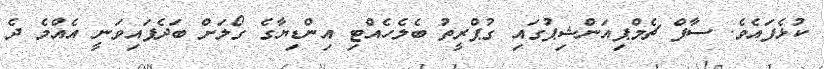
ކުޅެފައެވެ. ސާފް ޗެމްޕިއަންޝިޕުގައި ގުޕްރީތު ބެލެހެއްޓި އިންޑިޔާގެ ގޯލަށް ބަދެފައިވަނީ އެއްމެ ދެ